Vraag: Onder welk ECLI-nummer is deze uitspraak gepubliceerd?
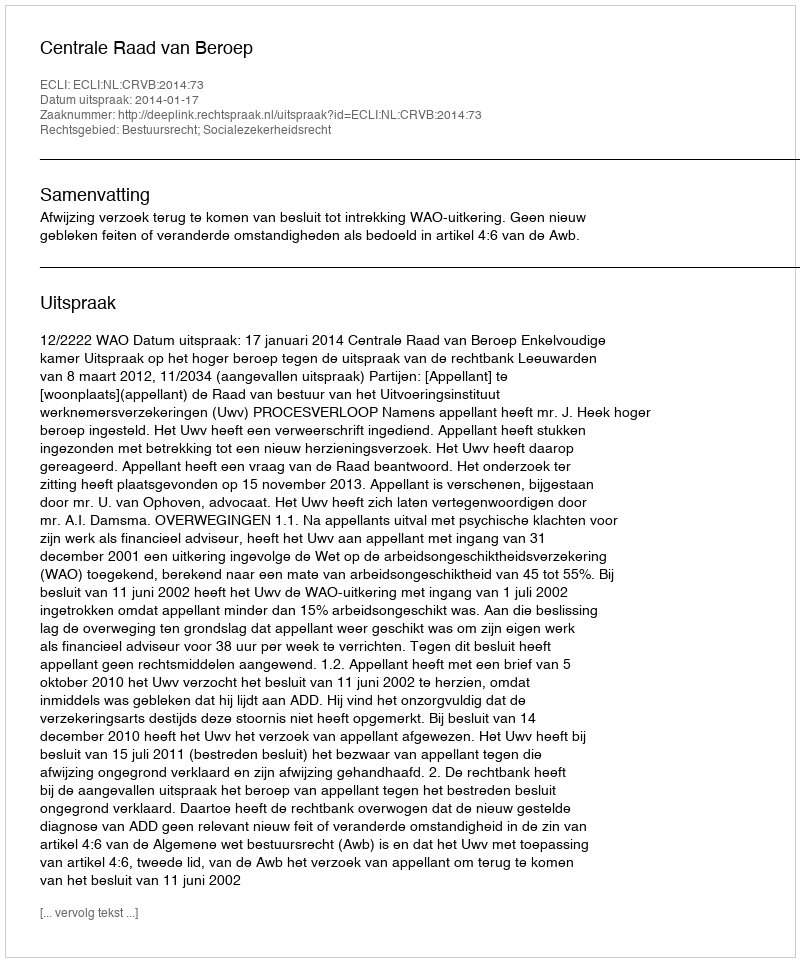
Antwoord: ECLI:NL:CRVB:2014:73